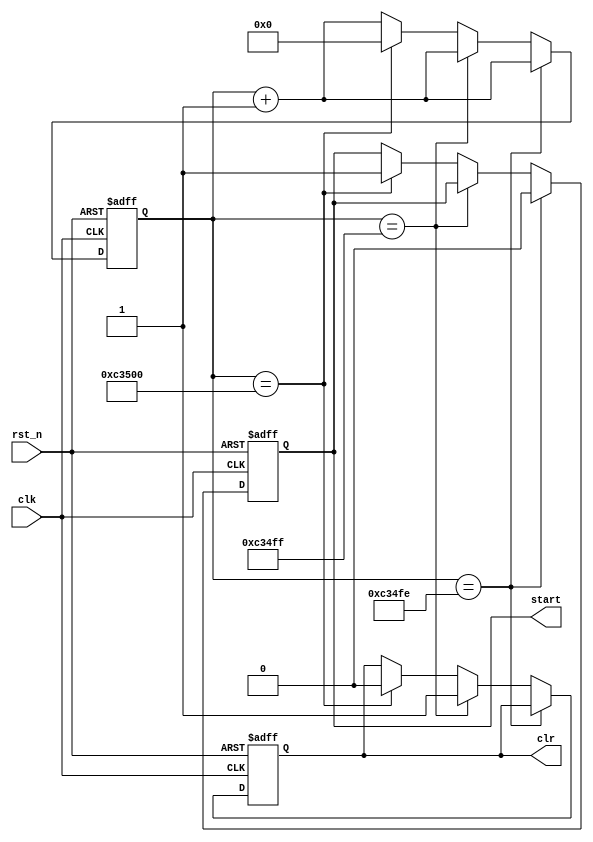
module hulltimer (clk,rst_n,start,clr);
    
input clk,rst_n;
output start,clr;
reg start,clr;
reg [31:0]counter;

always@(posedge clk or negedge rst_n)
begin
if(!rst_n)
	begin
	start<=1'b0;
	clr<=1'b0;
	counter<=32'd0;
	end
else
	begin
	counter<=counter+32'd1;
	if(counter==32'd799998)
		begin
		start<=1'b0;
		end
	else if(counter==32'd799999)
		begin
		clr<=1'b1;
		end
	else if(counter==32'd800000)//16ms
		begin
		start<=1'b1;
		clr<=1'b0;
		counter<=32'd0;
		end
	else
		begin
		start<=start;
		clr<=clr;
		end
	end
end

endmodule